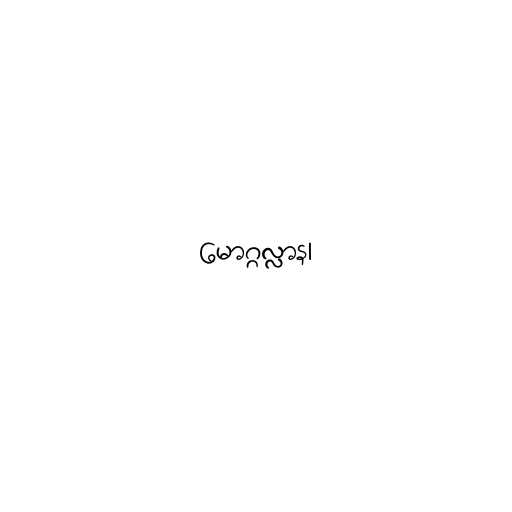
မောဂ္ဂလ္လာန၊